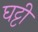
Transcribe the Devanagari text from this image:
घट्टी